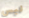
ليس